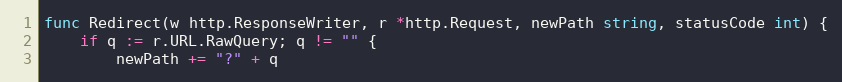
Language: Go
func Redirect(w http.ResponseWriter, r *http.Request, newPath string, statusCode int) {
	if q := r.URL.RawQuery; q != "" {
		newPath += "?" + q